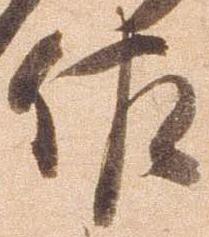
佐